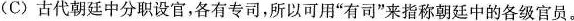
（C)古代朝廷中分职设官，各有专司，所以可用“有司”来指称朝廷中的各级官员。